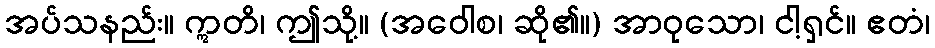
အပ်သနည်း။ ဣတိ၊ ဤသို့။ (အဝေါစ၊ ဆို၏။) အာဝုသော၊ ငါ့ရှင်။ ဧတံ၊